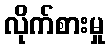
လိုက်စားမှု